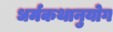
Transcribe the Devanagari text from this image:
धर्मकथानुयोग